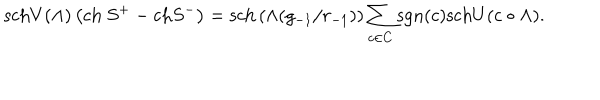
\mathrm { s c h } V ( \Lambda ) \left( \mathrm { c h ~ } S ^ { + } - \mathrm { c h } S ^ { - } \right) = \mathrm { s c h } \left( \wedge ( g _ { - 1 } / r _ { - 1 } ) \right) \sum _ { c \in C } \mathrm { s g n } ( c ) \mathrm { s c h } U ( c \bullet \Lambda ) .